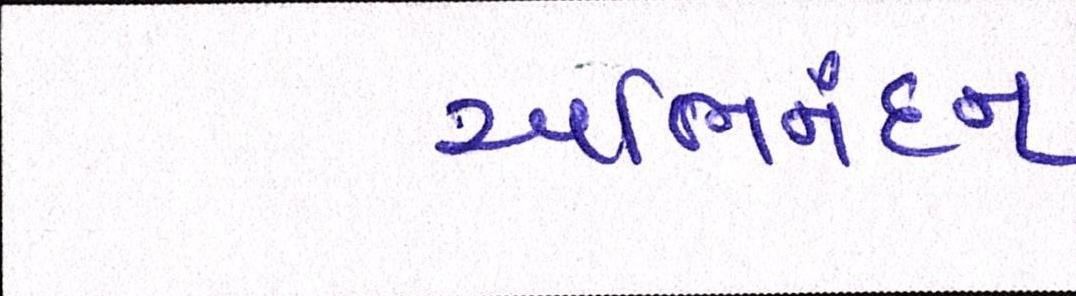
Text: અભિનંદન